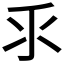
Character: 𰛆